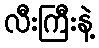
လီးကြီးနဲ့